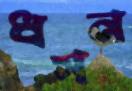
ধসন